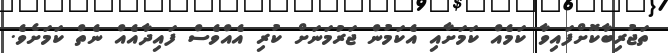
ތަޖުރިބާކޮށްފައިވާ ކަމެއް ކަމަށާއި އެކަމުން ޖަރުމަނަށް ކުރި އެއްވެސް ފައިދާއެއް ނެތް ކަމަށެވެ.